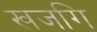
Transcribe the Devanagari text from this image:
खजगि